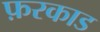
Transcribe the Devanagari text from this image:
फ़रकाड